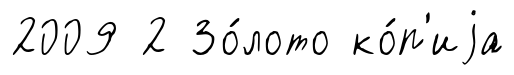
2009 2 Зо́лото ко́п'иjа